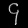
Digit: ၄